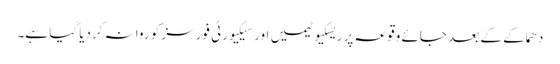
دھماکے کے بعد جائے وقوعہ پر ریسکیو ٹیمیں اور سیکیورٹی فورسز کو روانہ کردیا گیا ہے۔